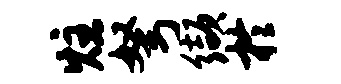
炷弩缬於